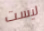
ليست